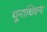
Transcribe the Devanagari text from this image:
यूनाधिक्य